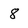
Character: 8